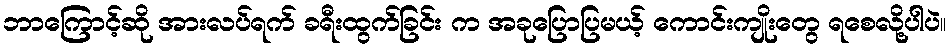
ဘာကြောင့်ဆို အားလပ်ရက် ခရီးထွက်ခြင်း က အခုပြောပြမယ့် ကောင်းကျိုးတွေ ရစေလို့ပါပဲ။